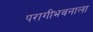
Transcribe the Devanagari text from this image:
परागीभवनाला